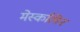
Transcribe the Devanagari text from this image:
मेस्कलिन